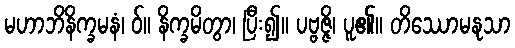
မဟာဘိနိက္ခမနံ၊ ဝ်။ နိက္ခမိတွာ၊ ပြီး၍။ ပဗ္ဗဇ္ဇိ၊ ပူ၏။ တိဿောမနုသာ